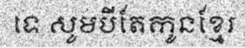
ទេ សូមបីតែកូនខ្មែរ